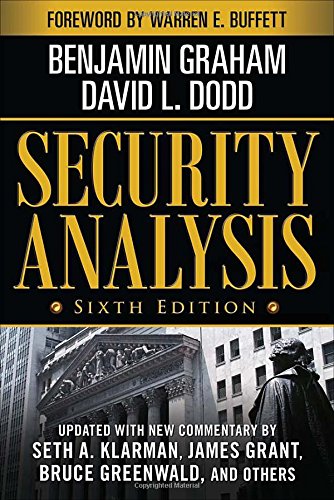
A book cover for Security Analysis: Sixth Edition, Foreword by Warren Buffett (Security Analysis Prior Editions); Benjamin Graham; Business & Money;